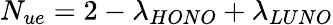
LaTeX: N_{ue}=2-\lambda_{HONO}+\lambda_{LUNO}